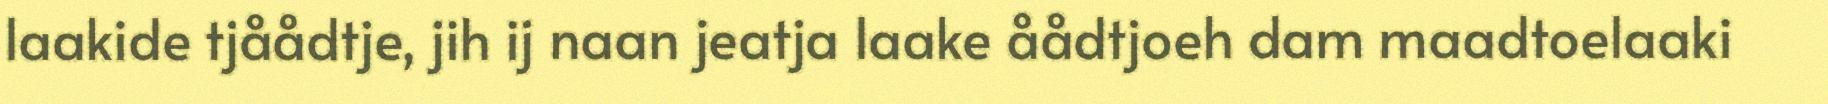
laakide tjåådtje, jih ij naan jeatja laake åådtjoeh dam maadtoelaaki